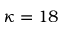
\kappa = 1 8